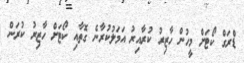
ޑްރަގް ކޯޓަށް މީހުން ހާޒިރު ކުރާއިރު އަމަލުކުރާނެ ގޮތާއި ކޯޓަށް ހާޒިރު ކުރަން